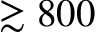
\gtrsim 8 0 0